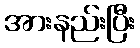
အားနည်းပြီး